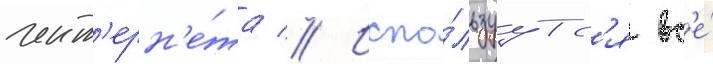
инт'ерн'е́та // Испо́льзуутс'я вс'е́